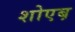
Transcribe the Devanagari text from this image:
शोएब़